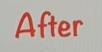
After